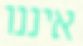
איננו